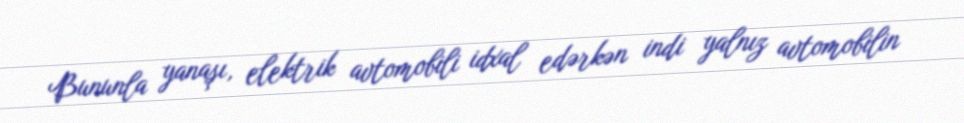
Bununla yanaşı, elektrik avtomobili idxal edərkən indi yalnız avtomobilin